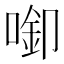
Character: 𱓵